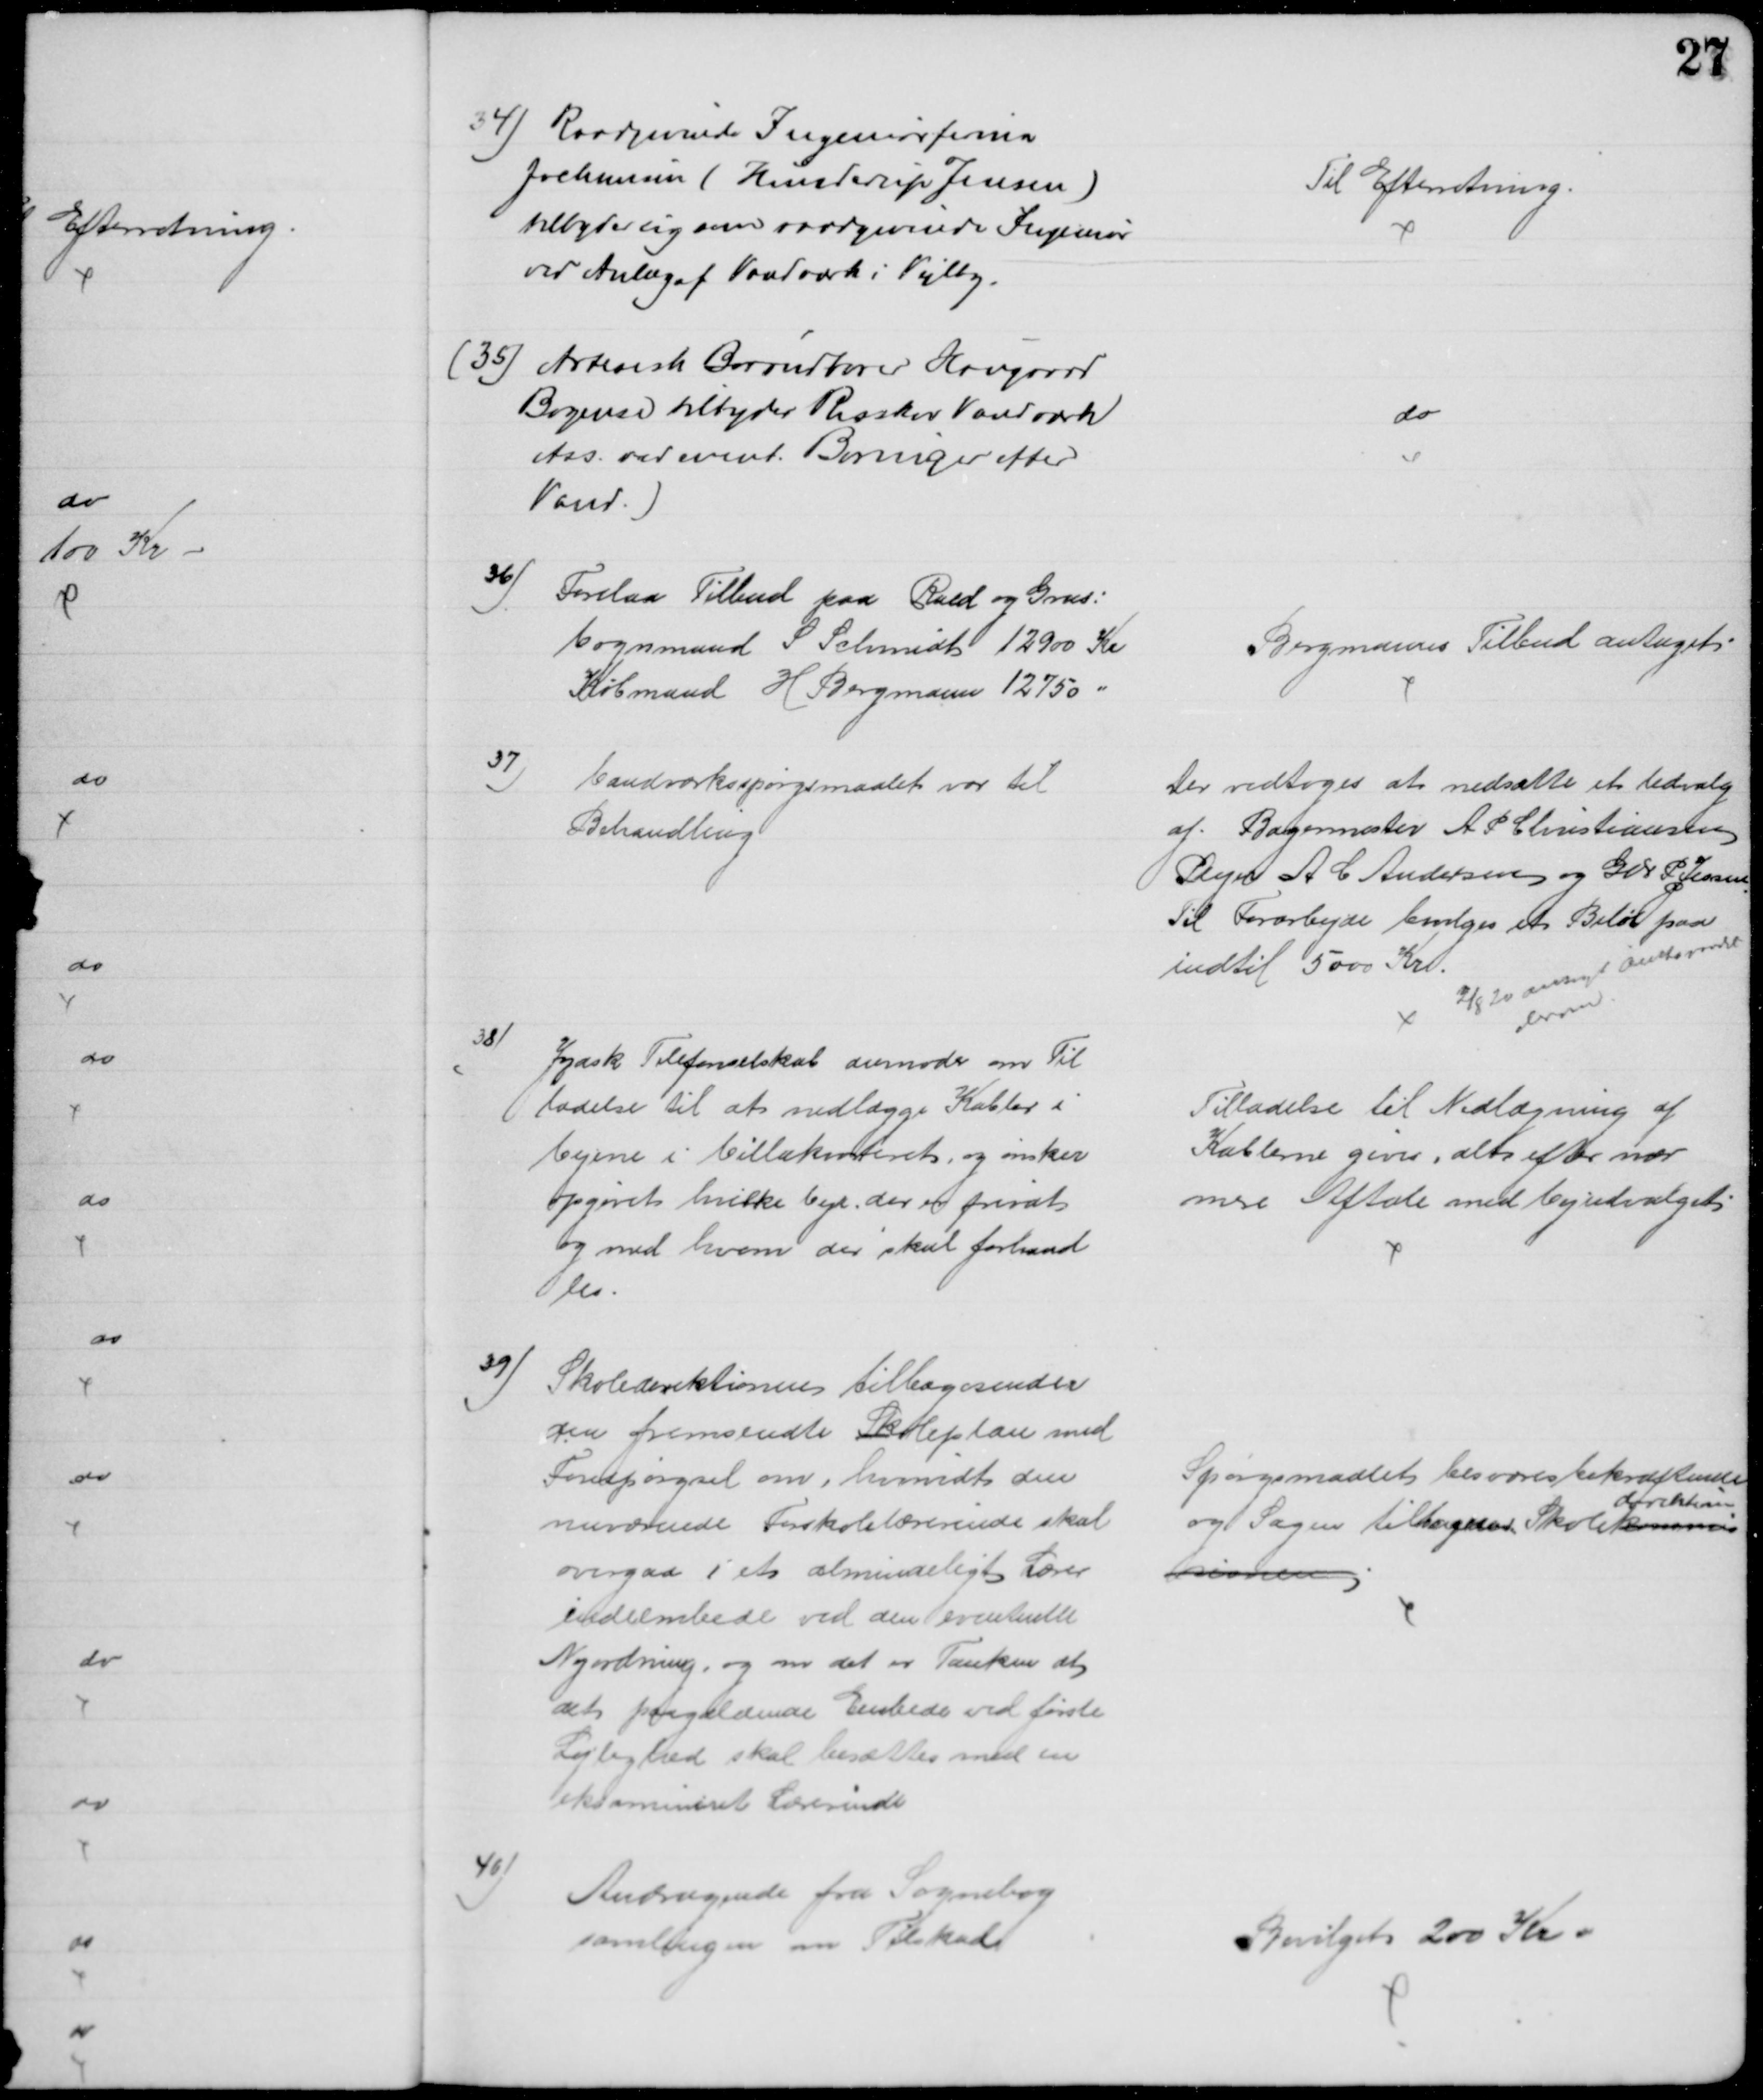
Transskription:
34) Raadgivende Ingeniørfirma
Jochumsen (Hunderup Jensen)
tilbyder sig som raadgivende Ingeniør
ved Anlæg af Vandværk i Vejlby.
Til Efterretning.
(35) Artesisk Brøndborer Hougaard
Bogense tilbyder Risskov Vandværk
Ass. ved event. Boringer efter
Vand.)
do
36)
Forelaa Tilbud paa Rald og Grus:
Vognmand S Schmidt 12900 Kr
Købmand H Bergmann 12750 
Bergmanns Tilbud antaget
37)
Vandværksspørgsmaalet var til 
Behandling
Der vedtoges at nedsætte et Udvalg
af Bagermester A P Christiansen
Plejer A C Andersen og Gdr P Jessen
Til Forarbejde bevilges et Beløb paa
indtil 5000 Kr.
2/8 20 ansøgt Amtsraadet
derom
38)
Jydsk Telefonselskab anmoder om Til
ladelse til at nedlægge Kabler i 
Vejene i Villakvarteret, og ønsker
opgivet hvilke Veje, der er privat 
og med hvem der skal forhand
les.
Tilladelse til Nedlægning af
Kablerne gives, alt efter nær
mere Aftale med Vejudvalget
39) Skoledirektionen tilbagesender
den fremsendte Skoleplan med
Forespørgsel om, hvorvidt den
nuværende Forskolelærerinde skal
overgaa i et almindeligt Lærer
indeembede ved den eventuelle
Nyordning, og om det er Tanken at
det paagældende Embede ved første
Lejlighed skal besættes med en
eksamineret Lærerinde
Spørgsmaalet besvares bekræftende 
og Sagen tilbagesendes Skolekommis
direktion
sionen
40)
Andragende fra Sognebog
samlingen om Tilskud
Bevilget 200 Kr